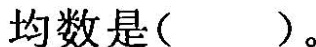
均数是( )。